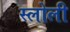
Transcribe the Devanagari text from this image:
स्लोली